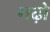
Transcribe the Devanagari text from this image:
गढ़ो